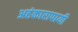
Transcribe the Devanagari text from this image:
अहंकारापायी